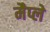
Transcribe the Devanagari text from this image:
मैप्ले